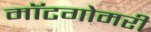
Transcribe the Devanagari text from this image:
मॉटगोमरी